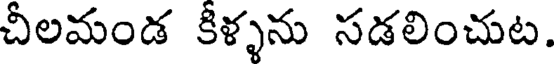
చీలమండ కీళ్ళను సడలించుట.